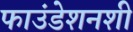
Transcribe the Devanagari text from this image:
फाउंडेशनशी